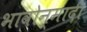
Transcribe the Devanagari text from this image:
भावोन्मादी